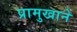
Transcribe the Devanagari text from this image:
प्रामुखाने